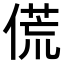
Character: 𬿁